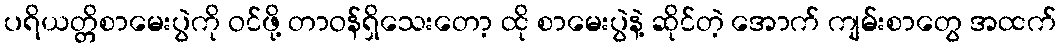
ပရိယတ္တိစာမေးပွဲကို ဝင်ဖို့ တာဝန်ရှိသေးတော့ ထို စာမေးပွဲနဲ့ ဆိုင်တဲ့ အောက် ကျမ်းစာတွေ အထက်